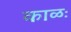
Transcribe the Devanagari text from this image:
काळः